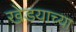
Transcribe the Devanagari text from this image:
खेडयाच्या